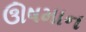
ઊષમાન